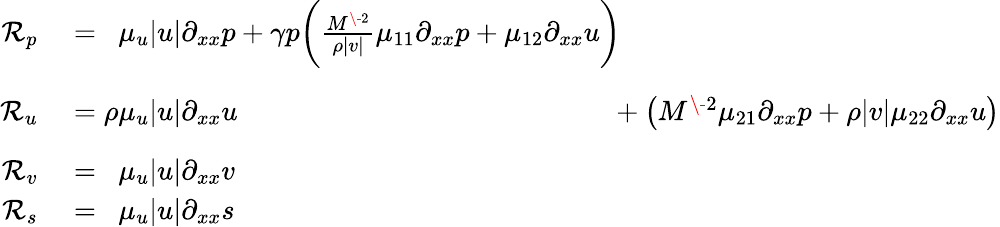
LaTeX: \begin{array}{rl}{\mathcal{R}_{p}}&{{}=\phantom{\rho}\mu_{u}|u|\partial_{xx}p+\gamma p\bigg(\frac{M^{\- 2}}{\rho|v|}\mu_{11}\partial_{xx}p+\mu_{12}\partial_{xx}u\bigg)\phantom{+\big(M^{\- 2}\mu_{21}\partial_{xx}p+\rho|v|\mu_{22}\partial_{xx}u\big)}}\\ {\mathcal{R}_{u}}&{{}=\rho\mu_{u}|u|\partial_{xx}u\phantom{+\gamma p\bigg(\frac{M^{\- 2}}{\rho|v|}\mu_{11}\partial_{xx}p+\mu_{12}\partial_{xx}u\bigg)}+\big(M^{\- 2}\mu_{21}\partial_{xx}p+\rho|v|\mu_{22}\partial_{xx}u\big)}\\ {\mathcal{R}_{v}}&{{}=\phantom{\rho}\mu_{u}|u|\partial_{xx}v}\\ {\mathcal{R}_{s}}&{{}=\phantom{\rho}\mu_{u}|u|\partial_{xx}s}\end{array}